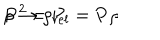
LaTeX: \rho \rightarrow \rho _ { r e l } = { \bf P } \rho \hspace { 2 c m } { \bf P } ^ { 2 } = { \bf P }